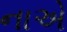
નાએ